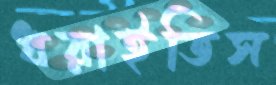
ধরাইতিস